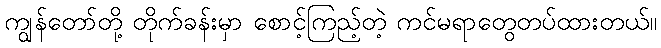
ကျွန်တော်တို့ တိုက်ခန်းမှာ စောင့်ကြည့်တဲ့ ကင်မရာတွေတပ်ထားတယ်။